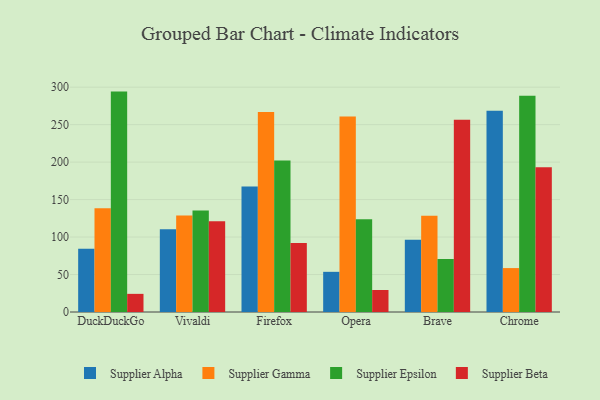
{"axis": {"x": "Browser", "y": "Active Users"}, "legend": ["Supplier Alpha", "Supplier Beta", "Supplier Epsilon", "Supplier Gamma"], "data": [{"x": "DuckDuckGo", "y": 84.4, "type": "Supplier Alpha"}, {"x": "DuckDuckGo", "y": 138.3, "type": "Supplier Gamma"}, {"x": "DuckDuckGo", "y": 294.1, "type": "Supplier Epsilon"}, {"x": "DuckDuckGo", "y": 24.2, "type": "Supplier Beta"}, {"x": "Vivaldi", "y": 110.3, "type": "Supplier Alpha"}, {"x": "Vivaldi", "y": 128.9, "type": "Supplier Gamma"}, {"x": "Vivaldi", "y": 135.3, "type": "Supplier Epsilon"}, {"x": "Vivaldi", "y": 121.2, "type": "Supplier Beta"}, {"x": "Firefox", "y": 167.3, "type": "Supplier Alpha"}, {"x": "Firefox", "y": 266.8, "type": "Supplier Gamma"}, {"x": "Firefox", "y": 202.2, "type": "Supplier Epsilon"}, {"x": "Firefox", "y": 92.0, "type": "Supplier Beta"}, {"x": "Opera", "y": 53.6, "type": "Supplier Alpha"}, {"x": "Opera", "y": 261.0, "type": "Supplier Gamma"}, {"x": "Opera", "y": 123.8, "type": "Supplier Epsilon"}, {"x": "Opera", "y": 29.4, "type": "Supplier Beta"}, {"x": "Brave", "y": 96.5, "type": "Supplier Alpha"}, {"x": "Brave", "y": 128.5, "type": "Supplier Gamma"}, {"x": "Brave", "y": 70.8, "type": "Supplier Epsilon"}, {"x": "Brave", "y": 256.6, "type": "Supplier Beta"}, {"x": "Chrome", "y": 268.6, "type": "Supplier Alpha"}, {"x": "Chrome", "y": 58.6, "type": "Supplier Gamma"}, {"x": "Chrome", "y": 288.6, "type": "Supplier Epsilon"}, {"x": "Chrome", "y": 193.3, "type": "Supplier Beta"}]}